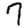
Digit: 7